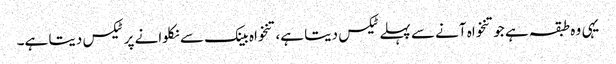
یہی وہ طبقہ ہے جو تنخواہ آنے سے پہلے ٹیکس دیتا ہے، تنخواہ بینک سے نکلوانے پر ٹیکس دیتا ہے۔